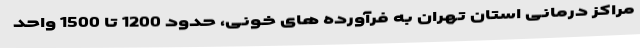
مراکز درمانی استان تهران به فرآورده های خونی، حدود 1200 تا 1500 واحد